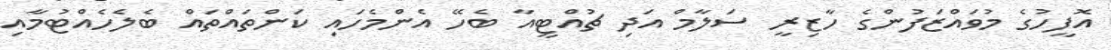
އޮފީހުގެ މުވައްޒަފުންގެ ހާޒިރީ ސަލާމް އަދި ޗުއްޓީއާ ބެހޭ އެންމެހައި ކަންތައްތައް ބެލެހެއްޓުމާއި